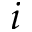
i